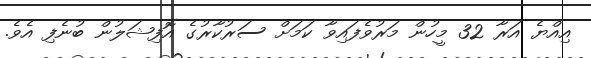
އިއްޔެ އަރާ 32 މީހުން މަރުވެފައިވާ ކަމަށް ސަރުކާރުގެ އޮފިޝަލުން ބުނެފި އެވެ.